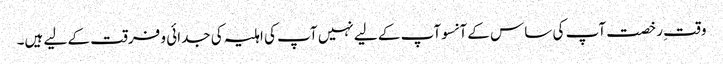
وقتِ رخصت آپ کی ساس کے آنسوآپ کے لیے نہیں آپ کی اہلیہ کی جدائی و فرقت کے لیے ہیں۔